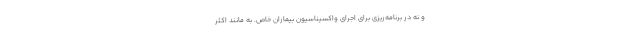
و نه در برنامه‌ریزی برای اجرای واکسیناسیون بیماران خاص. به مانند اکثر